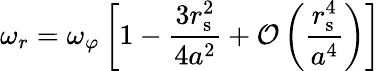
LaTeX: \omega_{r}=\omega_{\varphi}\left[1-{\frac{3r_{\mathrm{{s}}}^{2}}{4a^{2}}}+{\mathcal{O}}\left({\frac{r_{\mathrm{{s}}}^{4}}{a^{4}}}\right)\right]